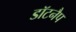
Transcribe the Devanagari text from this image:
डॉटनैप